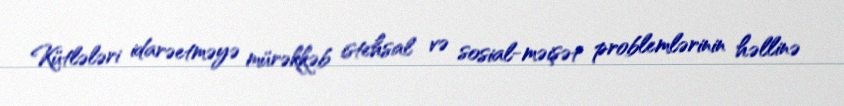
Kütlələri idarəetməyə mürəkkəb istehsal və sosial-məişət problemlərinin həllinə